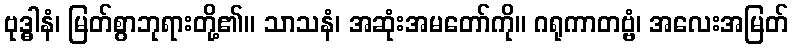
ဗုဒ္ဓါနံ၊ မြတ်စွာဘုရားတို့၏။ သာသနံ၊ အဆုံးအမတော်ကို။ ဂရုကာတဗ္ဗံ၊ အလေးအမြတ်